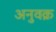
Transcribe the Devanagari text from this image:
अनुवक्र